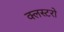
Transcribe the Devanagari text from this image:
क्लस्टरो